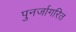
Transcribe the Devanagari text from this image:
पुनर्जागरित